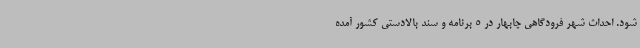
شود. احداث شهر فرودگاهی چابهار در 5 برنامه و سند بالادستی کشور آمده